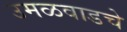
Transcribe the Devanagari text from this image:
उमळवाडचे